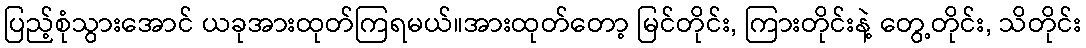
ပြည့်စုံသွားအောင် ယခုအားထုတ်ကြရမယ်။အားထုတ်တော့ မြင်တိုင်း, ကြားတိုင်းနဲ့ တွေ့တိုင်း, သိတိုင်း